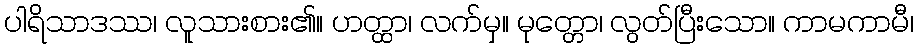
ပါရိသာဒဿ၊ လူသားစား၏။ ဟတ္ထာ၊ လက်မှ။ မုတ္တော၊ လွတ်ပြီးသော။ ကာမကာမီ၊